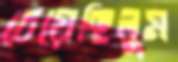
চেয়েছিলুম